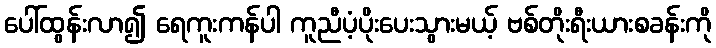
ပေါ်ထွန်းလာ၍ ရေကူးကန်ပါ ကူညီပံ့ပိုးပေးသွားမယ့် ဗစ်တိုးရီးယားစခန်းကို